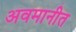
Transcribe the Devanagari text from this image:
अवमानीत